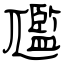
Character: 尶